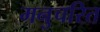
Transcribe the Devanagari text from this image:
मनुचरित